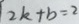
2 k + b = 2